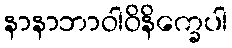
နာနာဘာဝါဝိနိက္ခေပါ